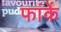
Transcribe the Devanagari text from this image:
फांकें